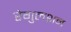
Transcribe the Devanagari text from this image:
रेगुलशन